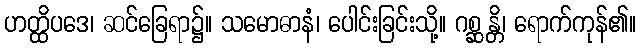
ဟတ္ထိပဒေ၊ ဆင်ခြေရာ၌။ သမောဓာနံ၊ ပေါင်းခြင်းသို့။ ဂစ္ဆန္တိ၊ ရောက်ကုန်၏။